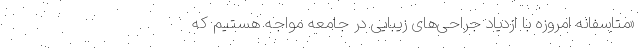
«متاسفانه امروزه با ازدیاد جراحی‌های زیبایی در جامعه مواجه هستیم که